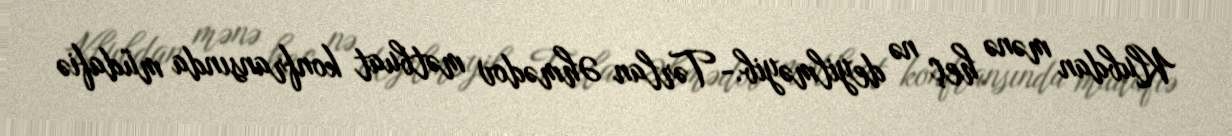
Klubdan mənə heç nə deyilməyib.- Tərlan Əhmədov mətbuat konfransında müdafiə